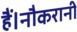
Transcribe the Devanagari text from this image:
हैं।नौकरानी